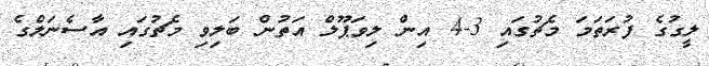
ލީގުގެ ފުރަތަމަ މެޗުގައި 3-4 އިން ލިވަޕޫލް އަތުން ބަލިވި މެޗުގައި އާސެނަލްގެ